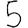
Digit: 5